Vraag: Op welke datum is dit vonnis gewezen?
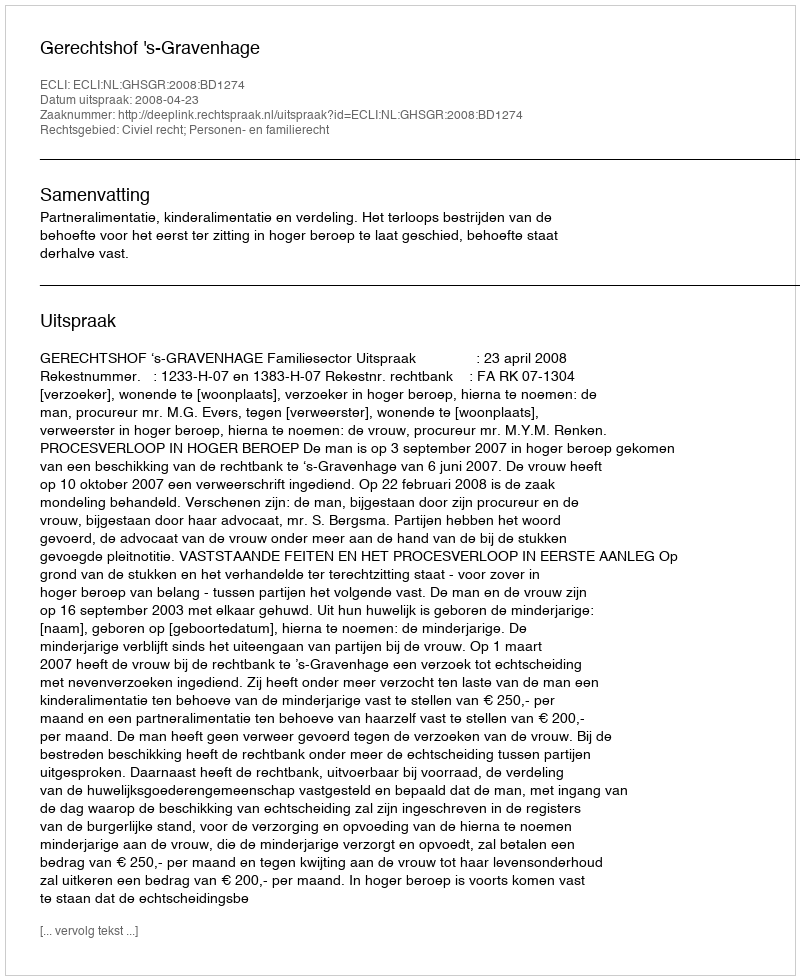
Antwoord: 2008-04-23